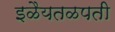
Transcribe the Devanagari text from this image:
इळैयतळपती